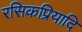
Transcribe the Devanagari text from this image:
रसिकप्रियादि